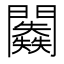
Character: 𨷥